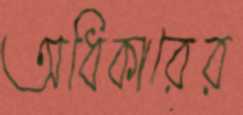
অধিকারের